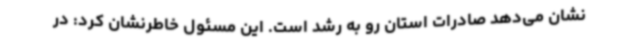
نشان می‌دهد صادرات استان رو به رشد است. این مسئول خاطرنشان کرد: در